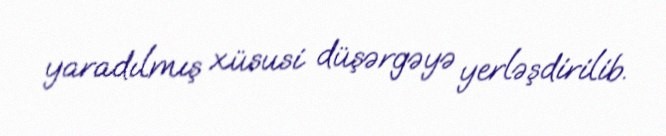
yaradılmış xüsusi düşərgəyə yerləşdirilib.